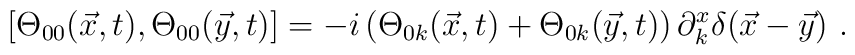
[\Theta_{00}(\vec{x},t),\Theta_{00}(\vec{y},t)]=-i\left(\Theta_{0k}(\vec{x},t)+\Theta_{0k}(\vec{y},t)\right)\partial_k^x\delta(\vec{x}-\vec{y})~.